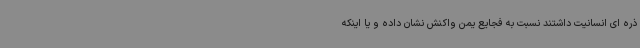
ذره ای انسانیت داشتند نسبت به فجایع یمن واکنش نشان داده و یا اینکه